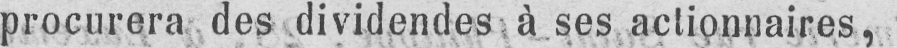
procurera des dividendes à ses actionnaires,